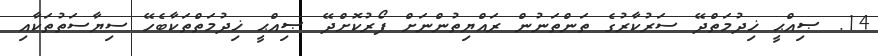
14. ޞިއްޙީ ޚިދުމަތްދޭ ސަރުކާރުގެ ތަންތަނުން ރައްޔިތުންނަށް ފޯރުކޮށްދޭ ޞިއްޙީ ޚިދުމަތްތަކާބެހޭ ސިޔާސަތުތަކާއި